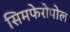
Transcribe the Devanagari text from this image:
सिमफेरोपोल